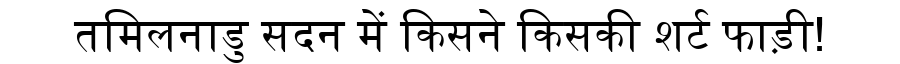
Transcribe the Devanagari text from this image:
तमिलनाडु सदन में किसने किसकी शर्ट फाड़ी!